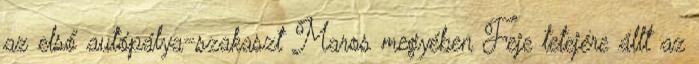
az első autópálya-szakaszt Maros megyében Feje tetejére állt az